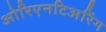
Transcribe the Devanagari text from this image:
ओरिएनटिअरिंग